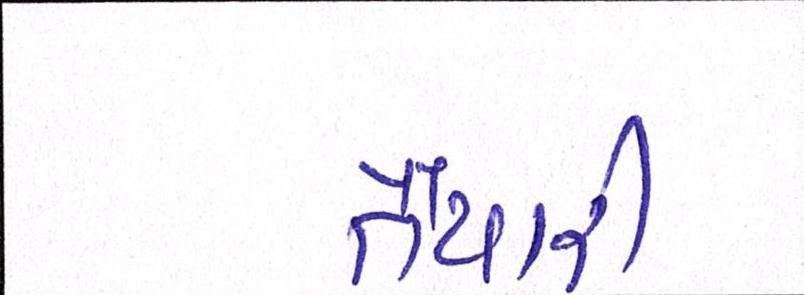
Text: તૈયારી